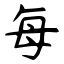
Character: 每